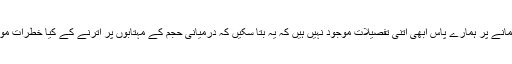
انسانی پیمانے پر ہمارے پاس ابھی اتنی تفصیلات موجود نہیں ہیں کہ یہ بتا سکیں کہ درمیانی حجم کے مہتابوں پر اترنے کے کیا خطرات موجود ہیں۔